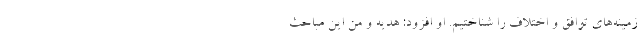
زمینه‌های توافق و اختلاف را شناختیم. او افزود: هدیه و من این مباحث